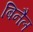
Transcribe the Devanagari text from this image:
बिनैल